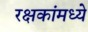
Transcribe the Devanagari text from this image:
रक्षकांमध्ये